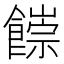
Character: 𩞉